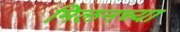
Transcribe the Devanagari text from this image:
मिलनच्या